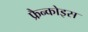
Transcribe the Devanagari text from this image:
फ्रैन्कोइस